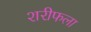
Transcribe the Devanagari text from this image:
शरीफला